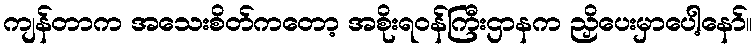
ကျန်တာက အသေးစိတ်ကတော့ အစိုးရဝန်ကြီးဌာနက ညှိပေးမှာပေါ့နော်။